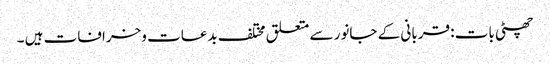
چھٹی بات : قربانی کے جانور سے متعلق مختلف بدعات وخرافات ہیں ۔